Civil Veterinary Department. United Provinces 1912-22 - 1912-1922
Year: 1912
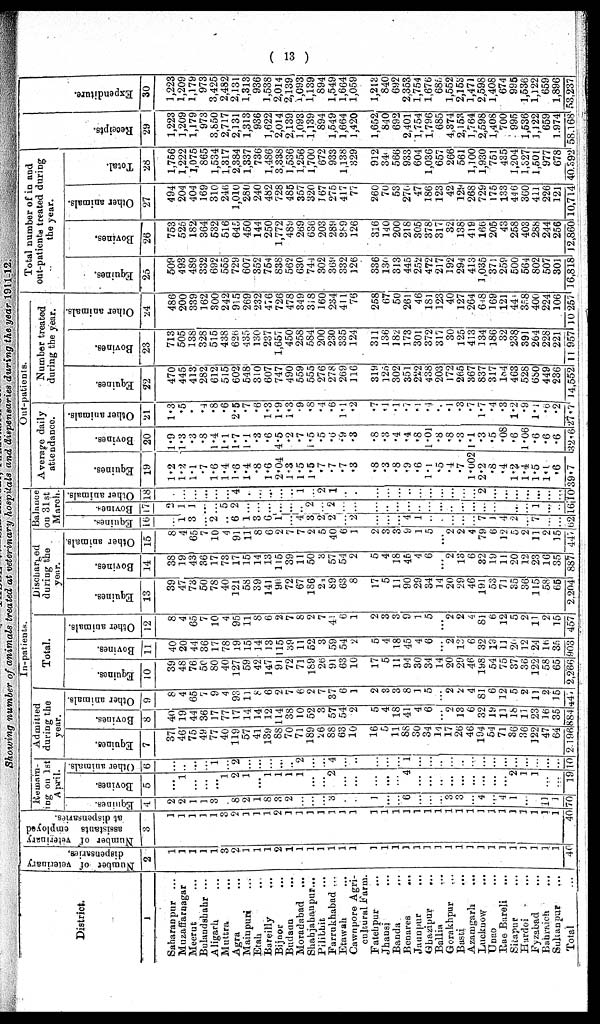
(13)
Showing number of animals treated at veterinary hospitals and dispensaries during the year 1911-12.
District.
1
Saharanpur
...
Muzafifarnagar
Meerut ...
Bulandshahr ...
Aligarh ...
Muttra ...
Agra
Mainpuri ...
Etah ...
Bareilly ...
Bijnor ...
Budaun ...
Moradabad ...
Shahjahanpur...
Pilibhit ...
Farrukhabad ...
Etawah ...
Cawnpore Agri-
cultural Farm.
Fatehpur ...
Jhansi ...
Banda ...
Benares
...
Jaunpur ...
Ghazipur ...
Ballia ...
Gerakhpur ...
Basti ...
Azamgarh ...
Lucknow ...
Unao ...
Rae Bareji ...
Sitapur ...
Hardoi ...
Fyzabad ...
Bahrajch ...
Suhanpur ...
Total
Number
of vet
dispensaries.
2
1
1
1
1
1
3
2
1
1
1
2
1
1
1
1
1
1
1
1
1
1
1
1
1
1
1
1
1
1
1
1
1
1
1
1
1
--
Number of veterinary
assistants employed
at dispensaries.
3
1
1
1
1
1
3
2
1
1
1
2
1
1
1
1
1
1
1
1
1
1
1
1
1
1
1
1
1
1
1
1
1
1
1
1
1
40
In-patients.
Remain-
ing on 1st
April.
Equines.
4
2
2
1
1
3
...
8
2
1
8
3
2
...
...
...
3
...
...
...
1
...
...
6
...
...
...
3
3
...
4
...
4
1
1
1
10
1
70
Bovines.
5
...
1
...
...
...
1
2
1
...
1
1
1
1
...
...
2
...
....
...
...
4
...
...
...
...
...
...
...
...
...
2
1
1
...
...
19
Other animals.
6
...
...
...
...
1
...
2
...
...
...
...
...
2
...
...
4
...
..
...
...
1
...
...
...
...
...
...
...
...
...
...
...
...
...
...
10
Admitted
during the
year.
Equines.
7
37
46
75
49
77
40
119
57
41
139
88
70
71
189
26
88
63
10
16
5
11
88
30
34
14
17
26
40
194
54
71
36
36
122
47
64
2,196
Bovines.
8
40
19
44
36
17
77
17
14
14
12
114
38
10
52
3
57
54
2
5
4
18
41
4
6
...
2
13
6
32
19 12
18 11
23
16
35
884
Other animals.
9
8
4
65
7
9
4
93
11
8
6
2
7
6
2
7
37
6
1
2
3
2
8
1
5
...
2
2
4
81
6
12
5
2
11
2
15
44
Total.
Equines.
10
39
48
76
50
80
40
127
59
42
147
91
72
71
189
26
91
63
10
17
5
11
94
30
34
14
20
29
46
198
54
75
37
36
122
58
65
2,266
Bovines.
11
40
20
44
36
17
78
19
15
14
13
115
39
11
52
3
59
54
2
5
4
18
45
4
6 ...
2
13
6
32
19
11
20
12
24
16
35
903
Other animals.
12
8
4
65
7
10
4
95
11
8
6
2
7
8
9
7
41
6
1
2
3
3
9
1
5
...
2
2
4
81
6
12
5
2
11
2
15
457
Discharged
during the
year.
Equines.
13
39
47
73
50
78
40
121
58
39
141
96
72
67
186
24
89
63
8
17
5
11
90
29
34
14
20
29
46
191
53
71
35
36
115
58
65
2,204
Bovines.
14
38
19
43
36
17
73
17
15
14
13
115
39
11
50
3
57
54
2
5
4
18
46
4
6
...
2
13
6
32
19
11
20
12
23
16
35
887
Other animals.
15
8
4
65
7
10
4
91
11
8
6
2
7
7
2
5
40
6
1
2
3
3
9
1
5
...
2
2
4
79
6
12
5
2
11
2
15
447
Balance
on 31st
March.
Equines.
16
..
1
3
2
..
6
1
3
6
1
...
4 3
2
2
...
2
...
...
...
4
1
..
...
...
...
...
7
1
4
2
7
...
...
62
Bovines.
17
2
1
1
...
...
5
2
...
...
...
...
...
..
9
...
2
...
...
...
..
...
...
...
...
...
...
...
...
...
...
...
...
1
...
...
16
Other animals.
18
...
...
...
...
...
...
4
.
...
...
...
..
1
...
2
1
..
..
...
...
...
..
...
...
...
...
...
...
2
...
...
...
...
...
...
10
Out-patients.
Average daily
attendance.
Equines.
19
1.2
1.2
1.1
.7
1.6
1.4
1.6
1.4
.8
1.6
2.04
1.3
1.5
1.5
.7
.7
.7
.3
.8
.3
.8
.9
.6
1.1
.5
.4
.7
1.002
2.2
.8
.4
1.2
1.4
1.5
1.1
.6
39.7
Bovines.
20
1.9
1.3
.3
.8
1.4
1.1
1.7
1.1
.3
.6
4.5
.2
.7
1.5
.5
.6
.9
.3
.8
.3
.4
.4
.8
1.01
.8
.8
.3
1.1
.3
.5
.08
.6
1.06
.6
.6
.6
32.6
Other animals.
21
1.3
.5
.
.4
.8
.6
2.5
.7
.6
1.3
1.9
1.3
.9
.8
.4
.6
1.1
.2
.7
.1
.1
.7
.4
.4
.4
.1
.3
.7
1.7
.4
.3
1.2
.9
1.2
.6
.2
27.7
Number treated
during the year.
Equines.
22
470
445
413
282
612
515
602
548
310
607
747
490
559
555
276
278
209
116
319
125
302
351
222
438
203
172
205
367
837
317
184
463
528
680
449
236
14,552
Bovines.
23
713
505
138
328
515
438
620
435
130
237
1,657
450
258
584
200
230
335
124
311
136
182
173
301
372
317
30
125
413
134
186
32
233
391
264
228
221
11 957
Other animals.
24
486
200
339
162
300
242
915
269
232
476
726
478
349
318
160
234
411
76
258
67
50
261
46
181
123
40
127
264
648
169
121
441
358
400
224
106
10,257
Total number of in and
out-patients treated during
the year.
Equines.
25
509
493
489
332
692
555
729
607
352
754
838
562
630
744
302
369
332
126
336
130
313
445
252
472
217
192
294
413
1,035
371
259
500
564
802
507
301
16,818
Bovines.
26
753
525
182
364
532
516
645
450
144
250
1,772
489
269
630
203
289
...
126
316
140
200
218
305
378
317
32
138
419
166
205
43
258
403
288
244
256
12,860
Other animals.
27
494
204
404
169
310
246
1,010
280
240
482
728
485
357
320
167
275
417
77
260
70
53
270
47
186
123
42
129
268
729
175
133
446
360
411
226
121
10,714
Total.
28
1,756
1,222
1,075
865
1,534
1,317
2,384
1,337
736
1,4S6
3,338
1,536
1,256
1,700
672
933
1,138
329
912
340
566
933
604
1,036
657
266
561
1,100
1,930
751
435
1,204
1,327
1,501
977
678
40,392
Recei pt s.
29
1,223
1,209
1,179
973
3,850
2,717
2,131
1,313
936
1,622
2,014
2,139
1,093
1,139
894
1,549
1,664
1,420
1,652
840
692
2,401
1,754
1,796
685
4,374
2,153
1,764
2,598
1,408
700
995
1,536
1,122
659
1,974
58,168
Expenditure.
30
1,223
1,209
1,179
973
3,425
2,482
2,131
1,313
936
1,538
2,014
2,139
1,693
1,139
894
1,549
1,664
1,059
1,213
840
692
2.353
1,754
1,670
685
1,552
2,153
1,471
2,598
1,408
674
995
1,536
1,122
659
1,896
53,237